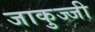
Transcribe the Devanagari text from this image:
जाकुज्जी